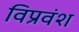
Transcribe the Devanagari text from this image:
विप्रवंश